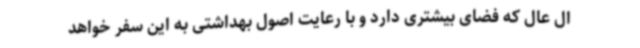
ال عال که فضای بیشتری دارد و با رعایت اصول بهداشتی به این سفر خواهد